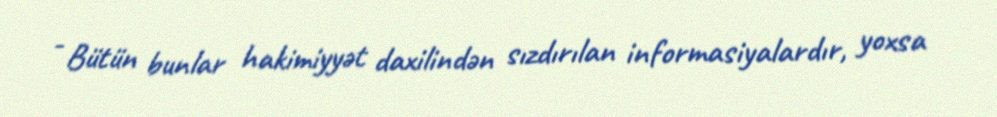
- Bütün bunlar hakimiyyət daxilindən sızdırılan informasiyalardır, yoxsa